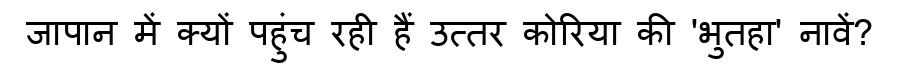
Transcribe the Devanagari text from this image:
जापान में क्यों पहुंच रही हैं उत्तर कोरिया की 'भुतहा' नावें?